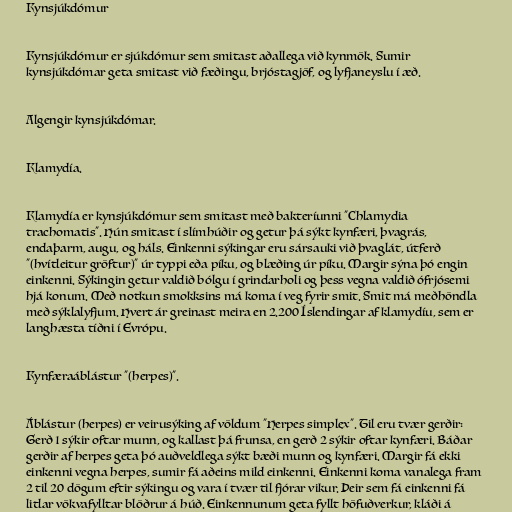
Kynsjúkdómur

Kynsjúkdómur er sjúkdómur sem smitast aðallega við kynmök. Sumir
kynsjúkdómar geta smitast við fæðingu, brjóstagjöf, og lyfjaneyslu í æð.

Algengir kynsjúkdómar.

Klamydía.

Klamydía er kynsjúkdómur sem smitast með bakteríunni "Chlamydia
trachomatis". Hún smitast í slímhúðir og getur þá sýkt kynfæri, þvagrás,
endaþarm, augu, og háls. Einkenni sýkingar eru sársauki við þvaglát, útferð
"(hvítleitur gröftur)" úr typpi eða píku, og blæðing úr píku. Margir sýna þó engin
einkenni. Sýkingin getur valdið bólgu í grindarholi og þess vegna valdið ófrjósemi
hjá konum. Með notkun smokksins má koma í veg fyrir smit. Smit má meðhöndla
með sýklalyfjum. Hvert ár greinast meira en 2.200 Íslendingar af klamydíu, sem er
langhæsta tíðni í Evrópu.

Kynfæraáblástur "(herpes)".

Áblástur (herpes) er veirusýking af völdum "Herpes simplex". Til eru tvær gerðir:
Gerð 1 sýkir oftar munn, og kallast þá frunsa, en gerð 2 sýkir oftar kynfæri. Báðar
gerðir af herpes geta þó auðveldlega sýkt bæði munn og kynfæri. Margir fá ekki
einkenni vegna herpes, sumir fá aðeins mild einkenni. Einkenni koma vanalega fram
2 til 20 dögum eftir sýkingu og vara í tvær til fjórar vikur. Þeir sem fá einkenni fá
litlar vökvafylltar blöðrur á húð. Einkennunum geta fyllt höfuðverkur, kláði á